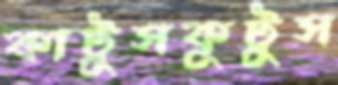
কাটুসকুটুস